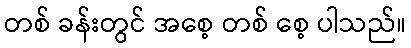
တစ် ခန်းတွင် အစေ့ တစ် စေ့ ပါသည်။